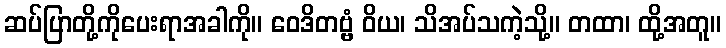
ဆပ်ပြာတို့ကိုပေးရာအခါကို။ ဝေဒိတဗ္ဗံ ဝိယ၊ သိအပ်သကဲ့သို့။ တထာ၊ ထို့အတူ။